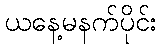
ယနေ့မနက်ပိုင်း